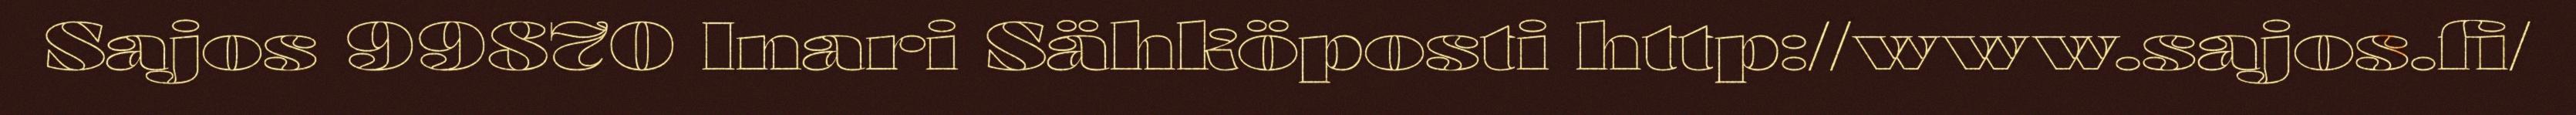
Sajos 99870 Inari Sähköposti http://www.sajos.fi/